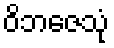
ဝိဘဇေသုံ